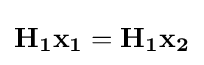
\mathbf {H_{1}} \mathbf {x_{1}} =\mathbf {H_{1}} \mathbf {x_{2}}